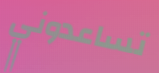
تساعدوني